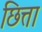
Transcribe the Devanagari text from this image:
छित्ता